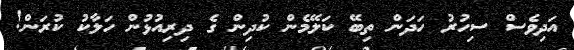
އަދިވެސް ސިހުރު ހަދަން ތިބޭ ކަލޭމެން ކުދިން ގެ ދިރިއުޅުން ހަލާކު ކުރަން!